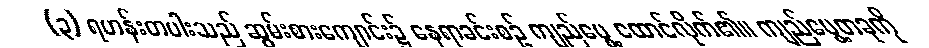
(၃) ရဟန်းတပါးသည် ဆွမ်းစားကျောင်း၌ နေရာခင်းစဉ် ကျည်ပွေ့ ထောင်လိုက်၏။ ကျည်ပွေ့တခုကို